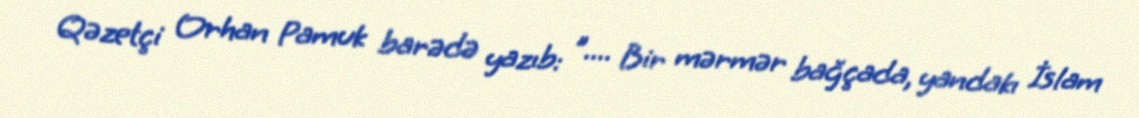
Qəzetçi Orhan Pamuk barədə yazıb: ".... Bir mərmər bağçada, yandakı İslam